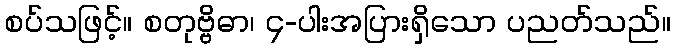
စပ်သဖြင့်။ စတုဗ္ဗိဓာ၊ ၄-ပါးအပြားရှိသော ပညတ်သည်။